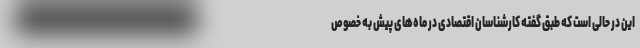
این در حالی است که طبق گفته کارشناسان اقتصادی در ماه‌های پیش به خصوص